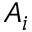
A _ { i }